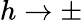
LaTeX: h\rightarrow\pm